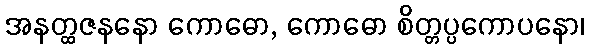
အနတ္ထဇနနော ကောဓော, ကောဓော စိတ္တပ္ပကောပနော၊